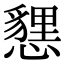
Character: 㦟